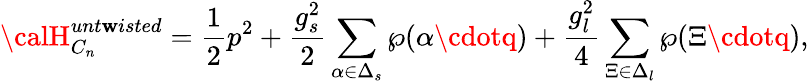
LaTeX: {\calH}_{C_{n}}^{unt\mathbf{w}isted}={\frac{{1}}{{2}}}p^{2}+{\frac{{g_{s}^{2}}}{{2}}}\sum_{\alpha\in\Delta_{s}}\wp(\alpha\cdotq)+{\frac{{g_{l}^{2}}}{{4}}}\sum_{\Xi\in\Delta_{l}}\wp(\Xi\cdotq),